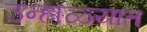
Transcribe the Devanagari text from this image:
उन्‍हाळ्यात